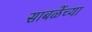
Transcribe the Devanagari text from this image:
साबळेंच्या